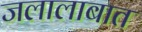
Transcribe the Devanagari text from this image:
जलालाबात